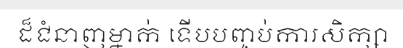
ដ៏ជំនាញម្នាក់ ទើបបញ្ចប់ការសិក្សា